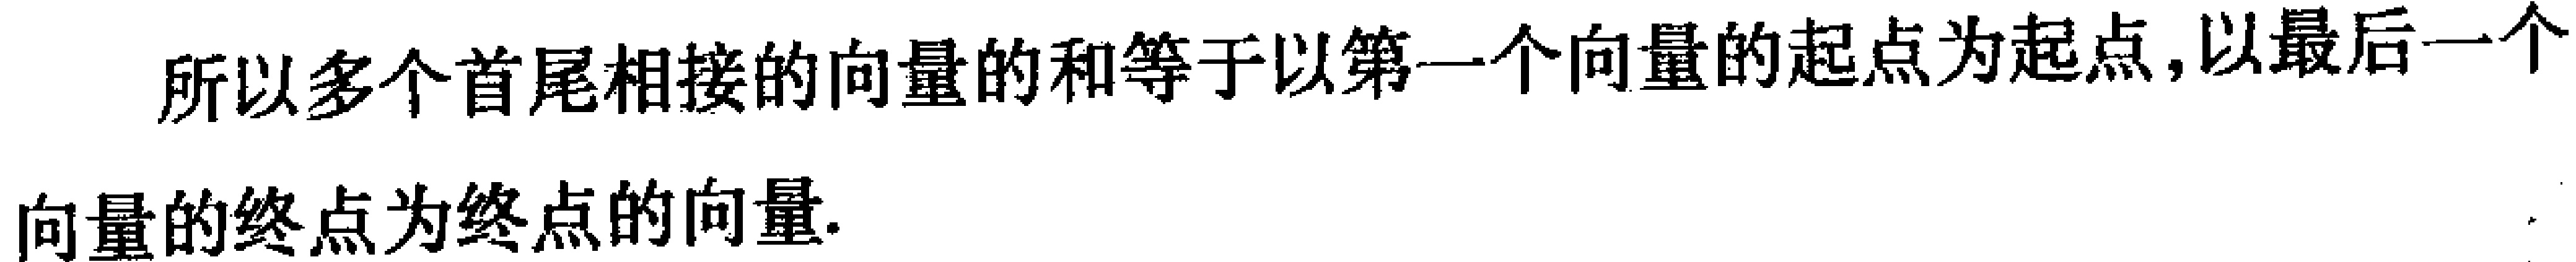
所以多个首尾相接的向量的和等于以第一个向量的起点为起点, 以最后一个向量的终点为终点的向量.